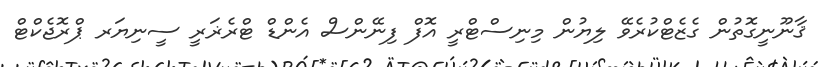
ޤާނޫނީގޮތުން ގެޒެޓްކުރެވޭ ލިޔުން މިނިސްޓްރީ އޮފް ފިނޭންސް އެންޑް ޓްރެޜަރީ ސީނިޔަރ ޕްރޮޖެކްޓް